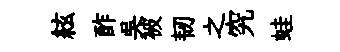
絃酢吳被韧之究蛙